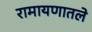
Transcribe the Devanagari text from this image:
रामायणातले